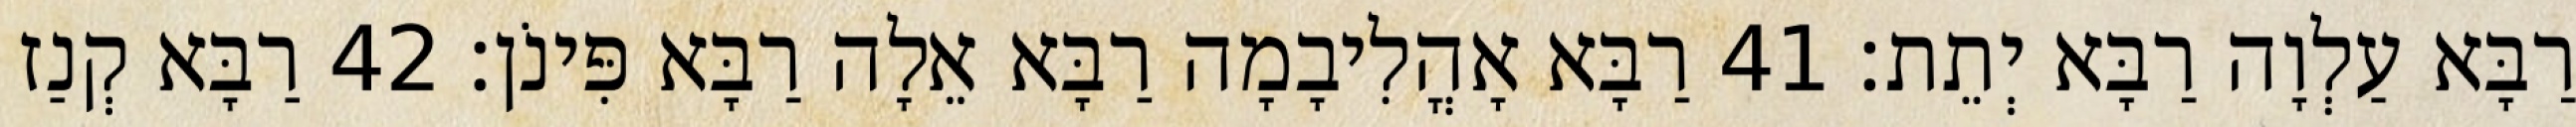
רַבָּא עַלְוָה רַבָּא יְתֵת׃ 41 רַבָּא אָהֳלִיבָמָה רַבָּא אֵלָה רַבָּא פִּינֹן׃ 42 רַבָּא קְנַז